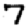
Digit: 7